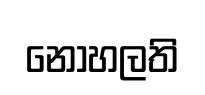
නොහලති